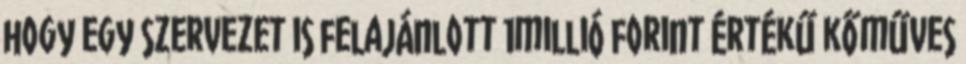
hogy egy szervezet is felajánlott 1millió forint értékű kőműves